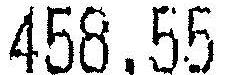
458.55